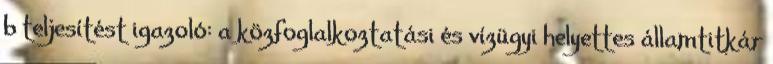
b teljesítést igazoló: a közfoglalkoztatási és vízügyi helyettes államtitkár